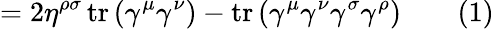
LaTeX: =2\eta^{\rho\sigma}\operatorname{tr}\left(\gamma^{\mu}\gamma^{\nu}\right)-\operatorname{tr}\left(\gamma^{\mu}\gamma^{\nu}\gamma^{\sigma}\gamma^{\rho}\right)\quad\quad(1)